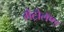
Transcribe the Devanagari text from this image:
मेट्रोलॅण्ड